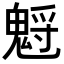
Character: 𩳡